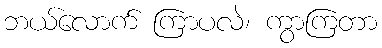
ဘယ်လောက် ကြာပလဲ၊ ကွာကြတာ